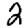
Digit: 2